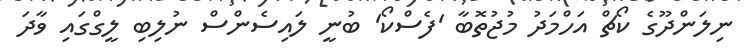
ނިލަންދޫގެ ކޯޗް އަހްމަދު މުޖުތޮބާ 'ފެސްކޯ' ބުނީ ލައިސެންސް ނުލިބި ލީގްގައި ވާދަ